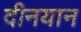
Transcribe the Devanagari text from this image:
दीनयान